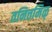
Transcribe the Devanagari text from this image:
तनित्तमिळ्